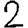
Digit: 2